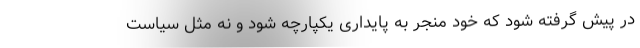
در پیش گرفته شود که خود منجر به پایداری یکپارچه شود و نه مثل سیاست